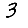
Digit: 3